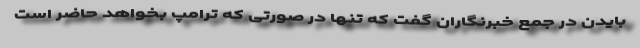
بایدن در جمع خبرنگاران گفت که تنها در صورتی که ترامپ بخواهد حاضر است